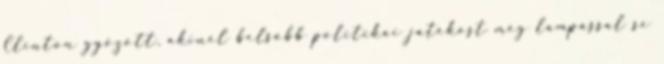
Clinton győzött, akinél belsőbb politikai játékost még lámpással se